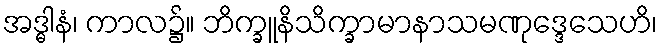
အဒ္ဓါနံ၊ ကာလ၌။ ဘိက္ခူနိသိက္ခာမာနာသမဏုဒ္ဒေသေဟိ၊